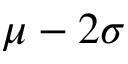
\mu - 2 \sigma